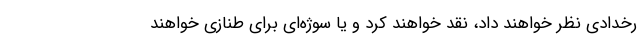
رخدادی نظر خواهند داد، نقد خواهند کرد و یا سوژه‌ای برای طنازی خواهند